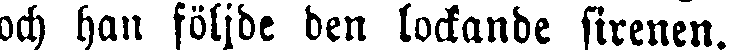
och han följde den lockande sirenen.